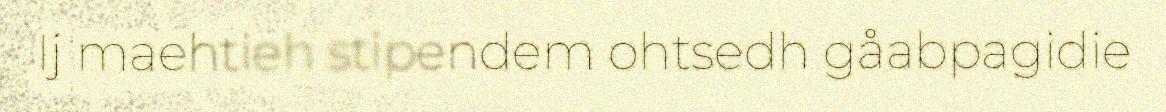
Ij maehtieh stipendem ohtsedh gåabpagidie